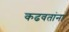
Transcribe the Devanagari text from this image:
कढवतांना